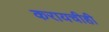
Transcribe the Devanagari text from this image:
करायचीही